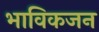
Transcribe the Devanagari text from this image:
भाविकजन